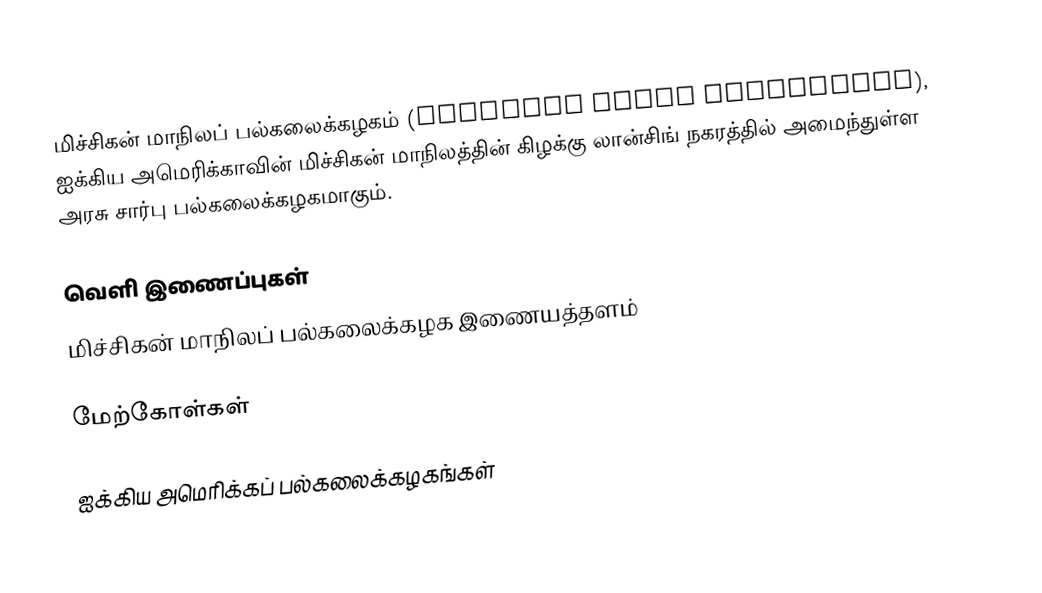
மிச்சிகன் மாநிலப் பல்கலைக்கழகம் (Michigan State University), ஐக்கிய அமெரிக்காவின் மிச்சிகன் மாநிலத்தின் கிழக்கு லான்சிங் நகரத்தில் அமைந்துள்ள அரசு சார்பு பல்கலைக்கழகமாகும்.

வெளி இணைப்புகள்
 மிச்சிகன் மாநிலப் பல்கலைக்கழக இணையத்தளம்

மேற்கோள்கள்

ஐக்கிய அமெரிக்கப் பல்கலைக்கழகங்கள்